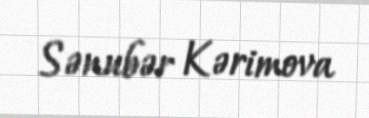
Sənubər Kərimova